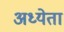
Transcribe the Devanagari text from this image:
अध्‍येता